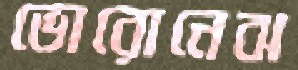
ভোরোনেঝ